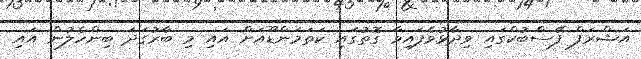
އަޝްރަފް ފޭސްބުކްގައި ވިދާޅުވެފައިވާ ގޮތުގައި ކަތަމަންޑޫއަށް އައި މި ބާރުގަދަ ބިންހެލުން އައި